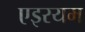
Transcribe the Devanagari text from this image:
एइरयम